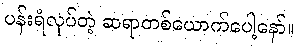
ပန်းရံလုပ်တဲ့ ဆရာတစ်ယောက်ပေါ့နော်။